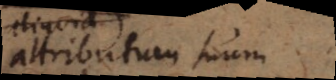
attributum suum,